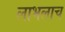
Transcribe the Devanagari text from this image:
लाभलाच